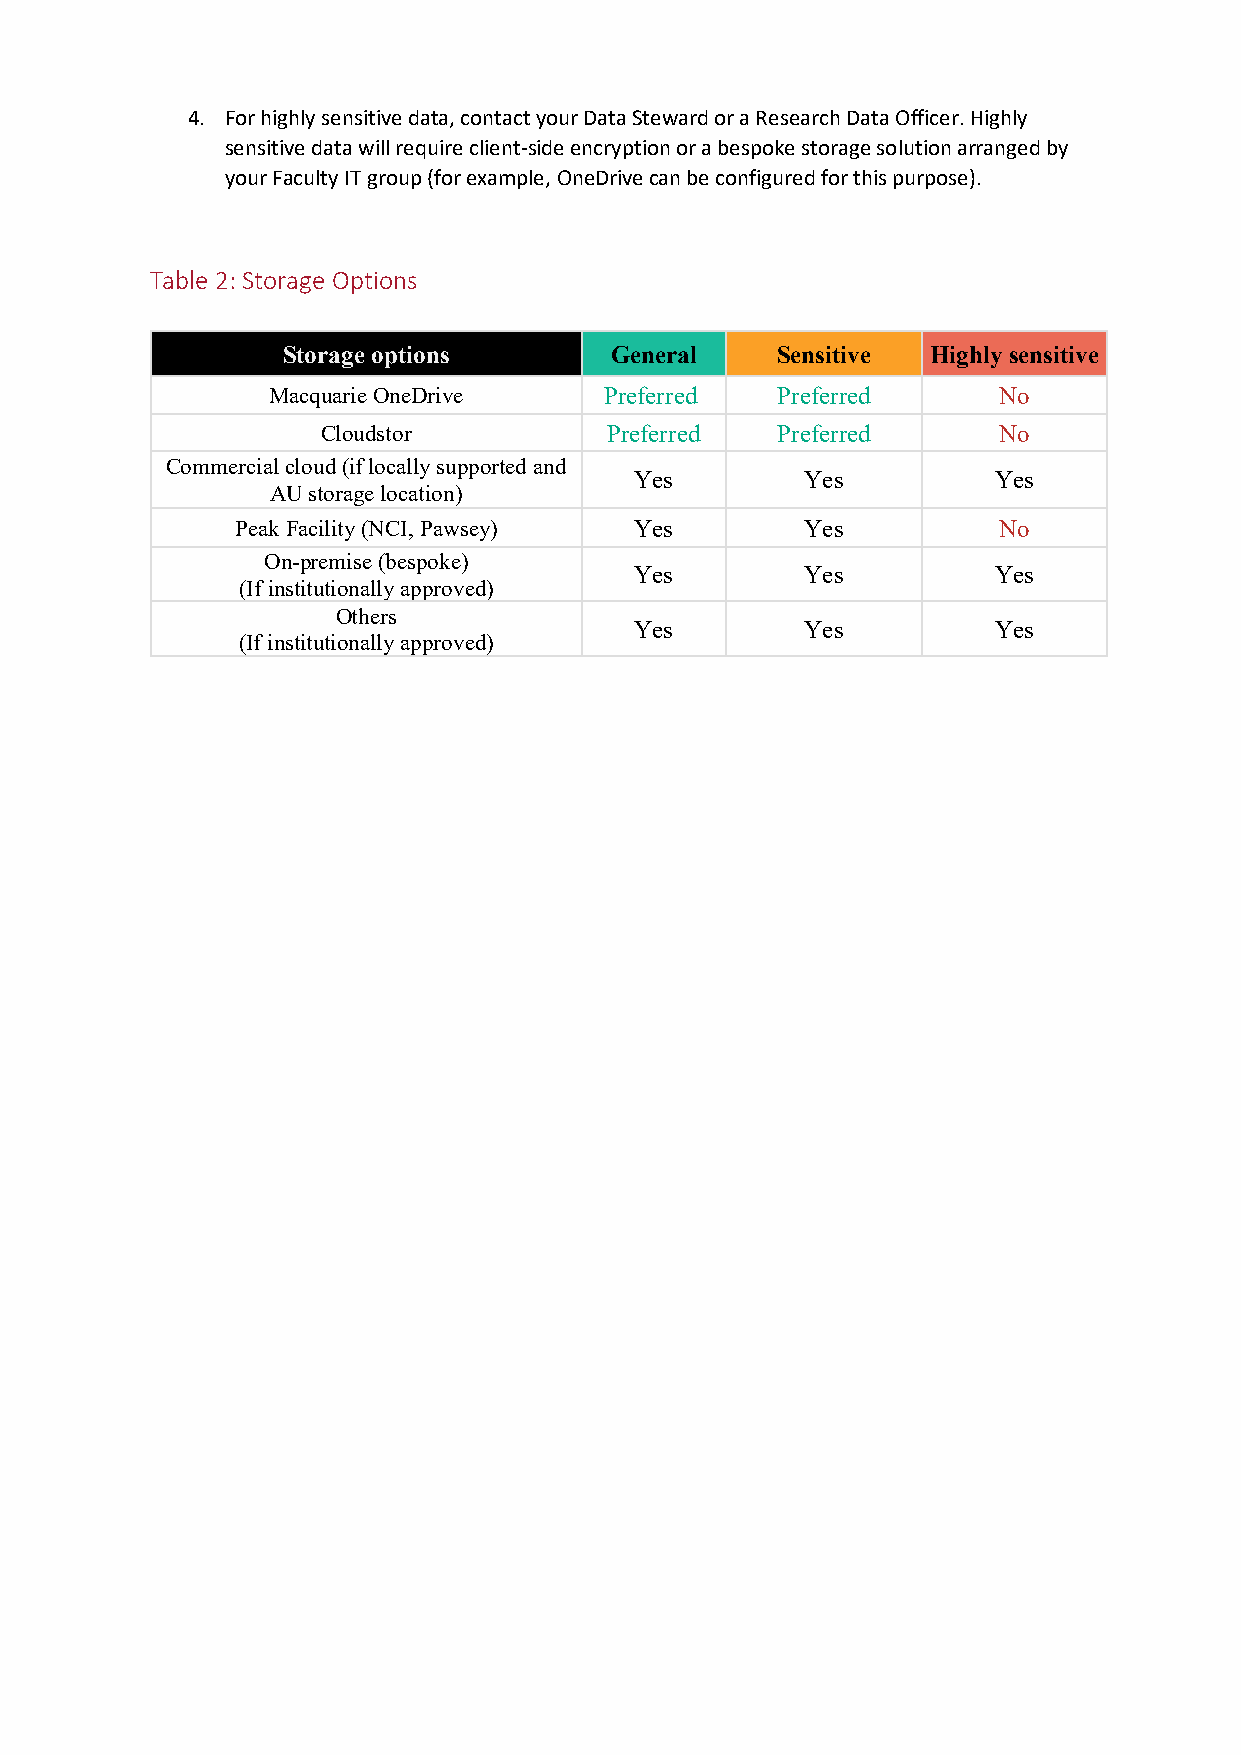
4. For highly sensitive data, contact your Data Steward or a Research Data Officer. Highly
 sensitive data will require client-side encryption or a bespoke storage solution arranged by
 your Faculty IT group (for example, OneDrive can be configured for this purpose).
 Table 2: Storage Options
 Storage options      General    Sensitive  Highly sensitive
 Macquarie OneDrive    Preferred  Preferred      No
 Cloud stor         Preferred  Preferred      No
 Commercial cloud (if locally supported and
 Yes        Yes          Yes
 AU storage location)
 Peak Facility (NCI, Pawsey) Yes      Yes          No
 On-premise (bespoke)
 Yes        Yes          Yes
 (If institutionally approved)
 Others
 Yes        Yes          Yes
 (If institutionally approved)